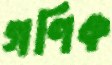
গণিক